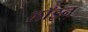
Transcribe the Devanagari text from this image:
लॉइन